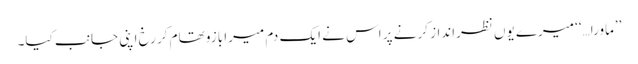
’’ماورا…‘‘ میرے یوں نظرانداز کرنے پر اس نے ایک دم میرا بازو تھام کر رخ اپنی جانب کیا۔